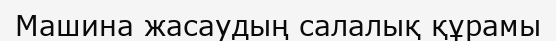
Машина жасаудың салалық құрамы